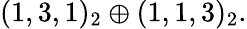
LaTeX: (1,3,1)_{2}\oplus(1,1,3)_{2}.